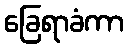
ခြေရာခံကာ